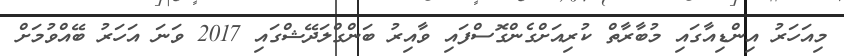
މިއަހަރު އިންޑިއާގައި މުބާރާތް ކުރިއަށްގެންގޮސްފައި ވާއިރު ބަންގްލަދޭޝްގައި 2017 ވަނަ އަހަރު ބޭއްވުމަށް